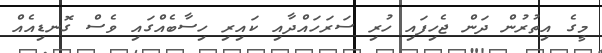
މީގެ އިތުރުން ދަން ޖެހިފައި ހުރި ސަރަހައްދާއި ކައިރި ހިސާބެއްގައި ވެސް ގޮނޑިއެއް